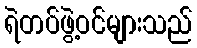
ရဲတပ်ဖွဲ့ဝင်များသည်